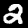
Digit: 2